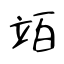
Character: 竡